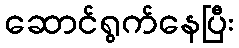
ဆောင်ရွက်နေပြီး